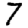
Digit: 7